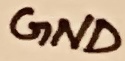
Text: GND